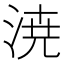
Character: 𣷝